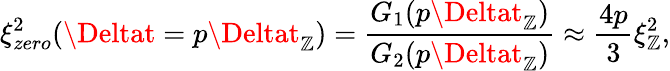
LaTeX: \xi_{zero}^{2}(\Deltat=p\Deltat_{\mathbb{Z}})=\frac{{G_{1}(p\Deltat_{\mathbb{Z}})}}{{G_{2}(p\Deltat_{\mathbb{Z}})}}\approx\frac{{4p}}{{3}}\xi_{\mathbb{Z}}^{2},